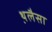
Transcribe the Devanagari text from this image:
थ़लैसा